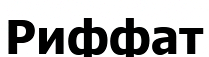
Риффат